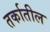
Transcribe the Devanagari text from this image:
तर्कातील